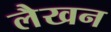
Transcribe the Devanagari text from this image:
लैखन